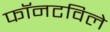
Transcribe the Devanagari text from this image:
फॉनटविले